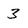
Character: 3